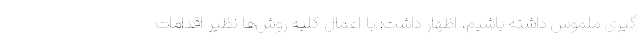
گیری ملموس داشته باشیم، اظهار داشت: با اعمال کلیه روش‌ها نظیر اقدامات